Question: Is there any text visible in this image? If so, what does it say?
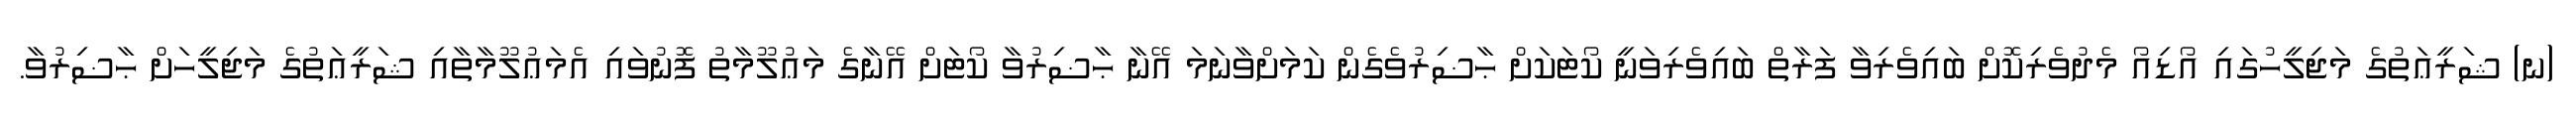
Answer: (ނ) ޝަރީޢަތުގެ މަޖިލީހުގައި އޯޑިއޯ މެދުވެރިކޮށް ބައިވެރިވާ ފަރާތް ބައިވެރިވަނީ ކޯޓަކަށް ޙާޟިރުވެގެން ކަމަށްވާނަމަ އޭނާ ޙާޟިރުވާ ކޯޓަށް އޭނާގެ މަޢުލޫމާތު ފޮނުވައި އެމަޢުލޫމާތާއި ޝަރީޢަތުގެ މަޖިލީހަށް ޙާޟިރުވާ.